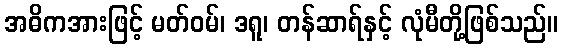
အဓိကအားဖြင့် မတ်ဝမ်၊ ဒရူ၊ တန်ဆာရ်နှင့် လုံမီတို့ဖြစ်သည်။